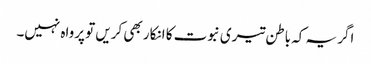
اگر یہ کہ باطن تیری نبوت کا انکار بھی کریں تو پرواہ نہیں۔